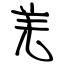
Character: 羌